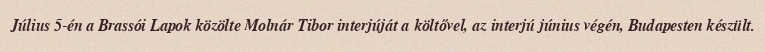
Július 5-én a Brassói Lapok közölte Molnár Tibor interjúját a költővel, az interjú június végén, Budapesten készült.